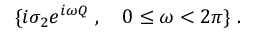
\{ i \sigma _ { 2 } e ^ { i \omega Q } \; , \quad 0 \le \omega < 2 \pi \} \; .